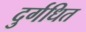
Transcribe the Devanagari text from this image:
दुर्गधित